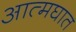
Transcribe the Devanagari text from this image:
आत्‍मघात